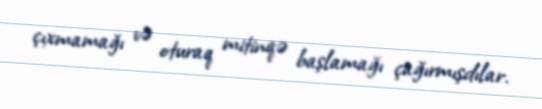
çıxmamağı və oturaq mitinqə başlamağı çağırmışdılar.